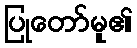
ပြုတော်မူ၏